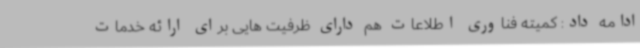
ادامه داد: کمیته فناوری اطلاعات هم دارای ظرفیت هایی برای ارائه خدمات